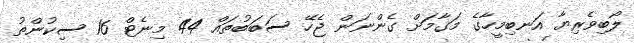
ލޯބިވެރިޔާ އަނބިމީހާގެ މަގާމަށް ގެންނަން ޖެހޭ ސަބަބުތައް 44 މިނެޓް 16 ސިކުންތު